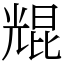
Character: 尡